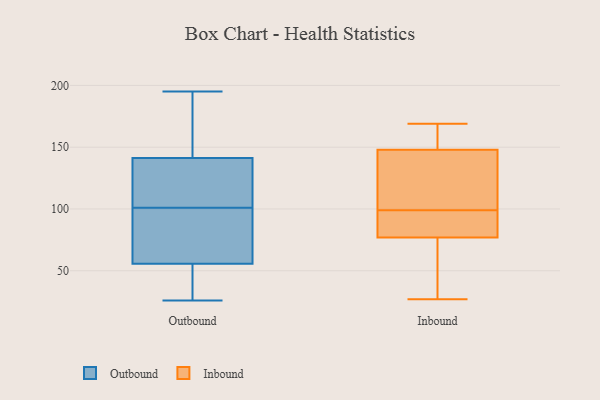
{"axis": {"x": "Waste Production (Tons)", "y": "Value"}, "legend": ["Inbound", "Outbound"], "data": [{"x": "", "y": 47, "type": "Outbound"}, {"x": "", "y": 162, "type": "Outbound"}, {"x": "", "y": 86, "type": "Outbound"}, {"x": "", "y": 112, "type": "Outbound"}, {"x": "", "y": 122, "type": "Outbound"}, {"x": "", "y": 26, "type": "Outbound"}, {"x": "", "y": 67, "type": "Outbound"}, {"x": "", "y": 52, "type": "Outbound"}, {"x": "", "y": 108, "type": "Outbound"}, {"x": "", "y": 195, "type": "Outbound"}, {"x": "", "y": 145, "type": "Outbound"}, {"x": "", "y": 90, "type": "Outbound"}, {"x": "", "y": 130, "type": "Outbound"}, {"x": "", "y": 188, "type": "Outbound"}, {"x": "", "y": 92, "type": "Outbound"}, {"x": "", "y": 166, "type": "Outbound"}, {"x": "", "y": 38, "type": "Outbound"}, {"x": "", "y": 101, "type": "Outbound"}, {"x": "", "y": 30, "type": "Outbound"}, {"x": "", "y": 113, "type": "Inbound"}, {"x": "", "y": 93, "type": "Inbound"}, {"x": "", "y": 105, "type": "Inbound"}, {"x": "", "y": 28, "type": "Inbound"}, {"x": "", "y": 148, "type": "Inbound"}, {"x": "", "y": 77, "type": "Inbound"}, {"x": "", "y": 27, "type": "Inbound"}, {"x": "", "y": 79, "type": "Inbound"}, {"x": "", "y": 165, "type": "Inbound"}, {"x": "", "y": 169, "type": "Inbound"}]}